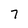
Character: 7